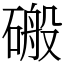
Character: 䃑